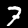
Label: 7